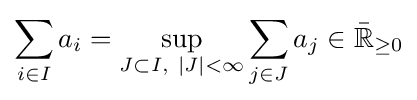
\sum _{i\in I}a_{i}=\sup _{J\subset I,\ |J|<\infty }\sum _{j\in J}a_{j}\in {\bar {\mathbb {R} }}_{\geq 0}